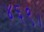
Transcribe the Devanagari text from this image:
४६९।